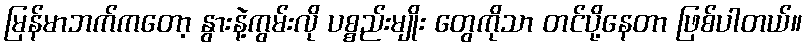
မြန်မာဘက်ကတော့ နွားနဲ့ကွမ်းလို ပစ္စည်းမျိုး တွေကိုသာ တင်ပို့နေတာ ဖြစ်ပါတယ်။